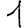
Digit: 1